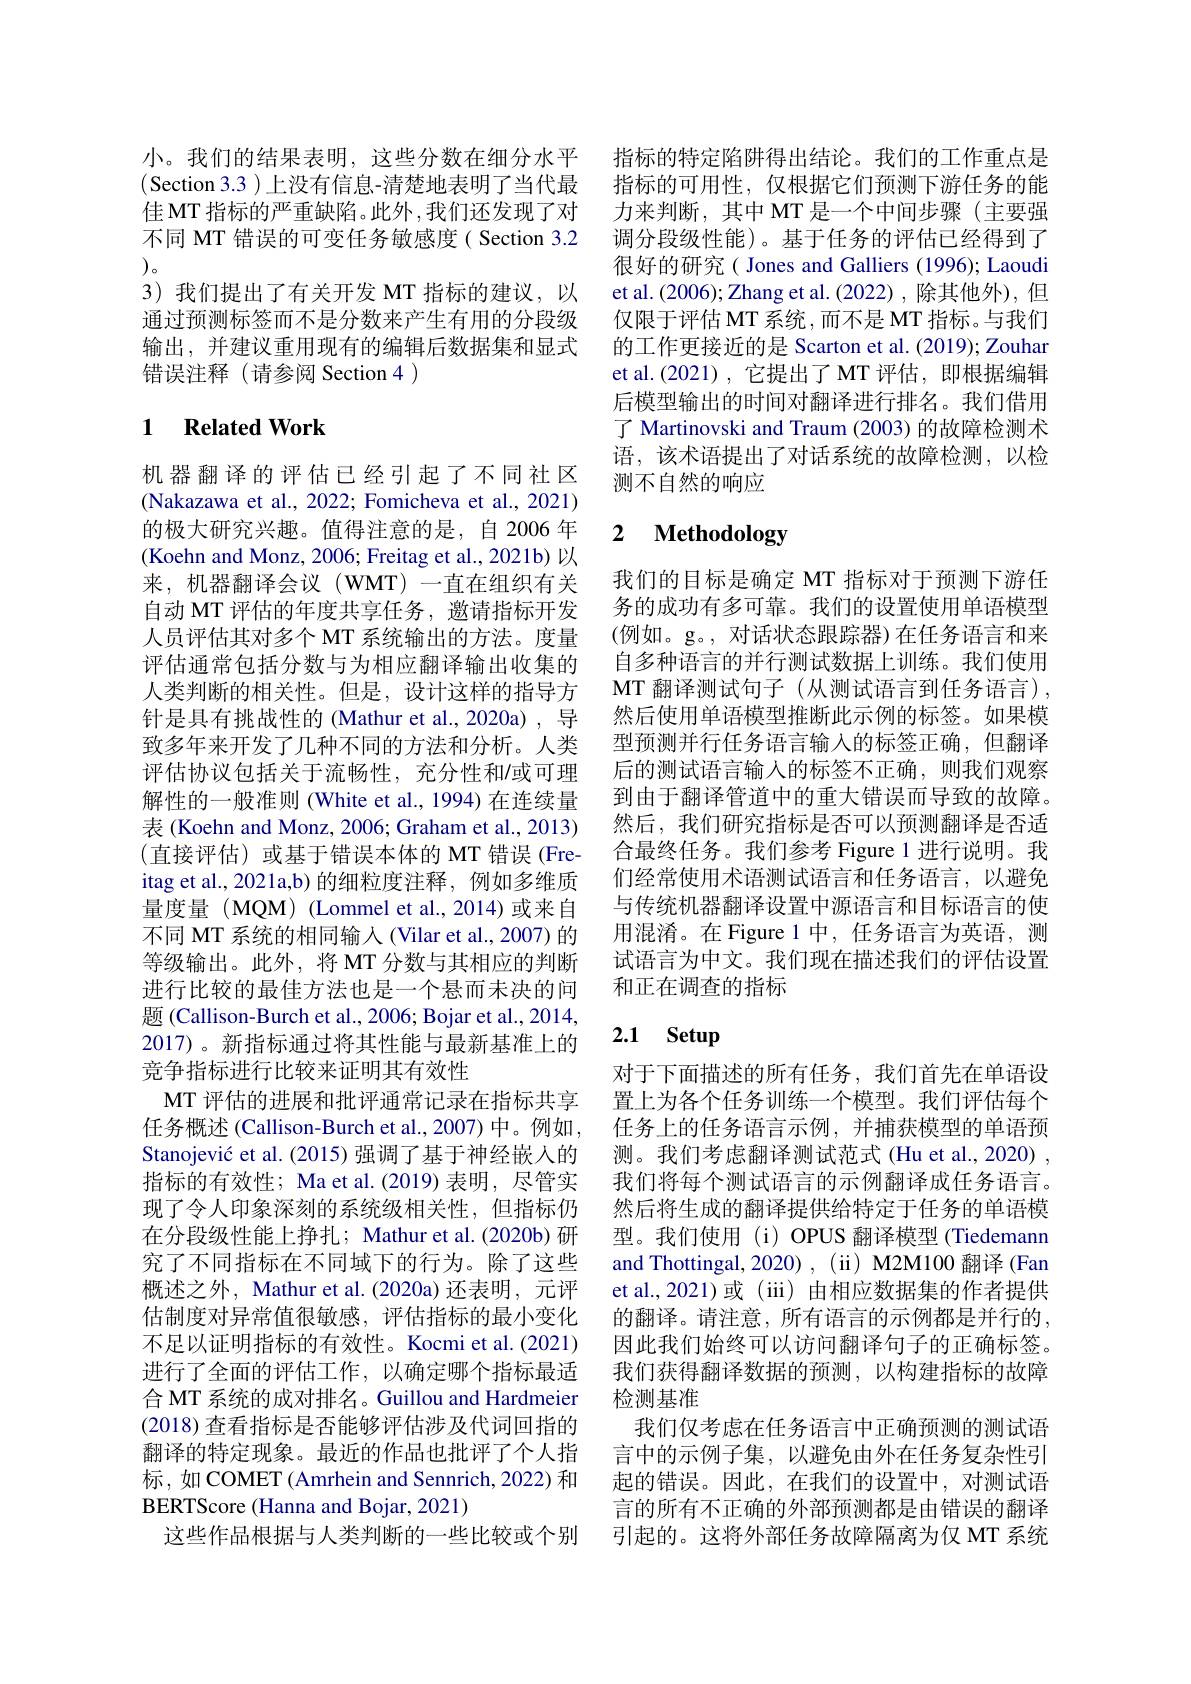
小。我们的结果表明，这些分数在细分水平(Section 3.3 )上没有信息-清楚地表明了当代最佳 MT 指标的严重缺陷。此外，我们还发现了对不同 MT 错误的可变任务敏感度( Section 3.2 )。
3) 我们提出了有关开发 MT 指标的建议，以通过预测标签而不是分数来产生有用的分段级输出，并建议重用现有的编辑后数据集和显式错误注释(请参阅 Section 4)

## 1 $\textbf{Related Work}$

机器翻译的评估已经引起了不同社区(Nakazawa et al., 2022; Fomicheva et al., 2021) 的极大研究兴趣。值得注意的是，自 2006 年(Koehn and Monz, 2006; Freitag et al., 2021b) 以来，机器翻译会议(WMT)一直在组织有关自动 MT 评估的年度共享任务，邀请指标开发人员评估其对多个 MT 系统输出的方法。度量评估通常包括分数与为相应翻译输出收集的人类判断的相关性。但是，设计这样的指导方针是具有挑战性的 (Mathur et al.,2020a),导致多年来开发了几种不同的方法和分析。人类评估协议包括关于流畅性，充分性和/或可理解性的一般准则 (White et al., 1994) 在连续量表 (Koehn and Monz, 2006; Graham et al., 2013) (直接评估)或基于错误本体的 MT 错误(Fre-) itag et al., 2021a,b) 的细粒度注释，例如多维质量度量(MQM)(Lommel et al.,2014)或来自不同 MT 系统的相同输入 (Vilar et al., 2007) 的等级输出。此外，将 MT 分数与其相应的判断进行比较的最佳方法也是一个悬而未决的问题 (Callison-Burch et al., 2006; Bojar et al., 2014, 2017)。新指标通过将其性能与最新基准上的竞争指标进行比较来证明其有效性
MT 评估的进展和批评通常记录在指标共享任务概述 (Callison-Burch et al.,2007) 中。例如 , Stanojević et al. (2015) 强调了基于神经嵌人的指标的有效性；Ma et al.(2019) 表明，尽管实现了令人印象深刻的系统级相关性，但指标仍在分段级性能上挣扎；Mathur et al.(2020b) 研究了不同指标在不同域下的行为。除了这些概述之外，Mathur et al.(2020a) 还表明，元评估制度对异常值很敏感，评估指标的最小变化不足以证明指标的有效性。Kocmi et al.(2021) 进行了全面的评估工作，以确定哪个指标最适合 MT 系统的成对排名。Guillou and Hardmeier (2018)查看指标是否能够评估涉及代词回指的翻译的特定现象。最近的作品也批评了个人指标，如 COMET (Amrhein and Sennrich, 2022) 和BERTScore (Hanna and Bojar, 2021)
这些作品根据与人类判断的一些比较或个别

指标的特定陷阱得出结论。我们的工作重点是指标的可用性，仅根据它们预测下游任务的能力来判断，其中 MT 是一个中间步骤(主要强调分段级性能)。基于任务的评估已经得到了很好的研究( Jones and Galliers (1996); Laoudi et al. (2006); Zhang et al. (2022) , 除其他外), 但仅限于评估 MT 系统，而不是 MT 指标。与我们的工作更接近的是 Scarton et al. (2019); Zouhar et al.(2021),它提出了MT评估，即根据编辑后模型输出的时间对翻译进行排名。我们借用了 Martinovski and Traum (2003) 的故障检测术语，该术语提出了对话系统的故障检测，以检测不自然的响应

# 2 Methodology

我们的目标是确定 MT 指标对于预测下游任务的成功有多可靠。我们的设置使用单语模型(例如。g。,对话状态跟踪器)在任务语言和来自多种语言的并行测试数据上训练。我们使用MT 翻译测试句子 (从测试语言到任务语言), 然后使用单语模型推断此示例的标签。如果模型预测并行任务语言输入的标签正确，但翻译后的测试语言输入的标签不正确，则我们观察到由于翻译管道中的重大错误而导致的故障。然后，我们研究指标是否可以预测翻译是否适合最终任务。我们参考 Figure 1 进行说明。我们经常使用术语测试语言和任务语言，以避免与传统机器翻译设置中源语言和目标语言的使用混淆。在 Figure 1 中，任务语言为英语，测试语言为中文。我们现在描述我们的评估设置和正在调查的指标

# 2.1 Setup

对于下面描述的所有任务，我们首先在单语设置上为各个任务训练一个模型。我们评估每个任务上的任务语言示例，并捕获模型的单语预测。我们考虑翻译测试范式 (Hu et al., 2020) , 我们将每个测试语言的示例翻译成任务语言。然后将生成的翻译提供给特定于任务的单语模型。我们使用(i) OPUS 翻译模型 (Tiedemann and Thottingal, 2020) , ( ii) M2M100 翻译 (Fan et al., 2021)或 (iii) 由相应数据集的作者提供的翻译。请注意，所有语言的示例都是并行的， 因此我们始终可以访问翻译句子的正确标签。我们获得翻译数据的预测，以构建指标的故障检测基准
我们仅考虑在任务语言中正确预测的测试语言中的示例子集，以避免由外在任务复杂性引起的错误。因此，在我们的设置中，对测试语言的所有不正确的外部预测都是由错误的翻译引起的。这将外部任务故障隔离为仅 MT 系统